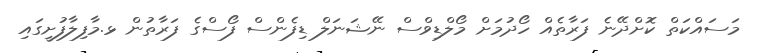
މަސައްކަތް ކޮށްދޭނެ ފަރާތެއް ހޯދުމަށް މޯލްޑިވްސް ނޭޝަނަލް ޑިފެންސް ފޯސްގެ ފަރާތުން ޅ.މާފިލާފުށީގައި